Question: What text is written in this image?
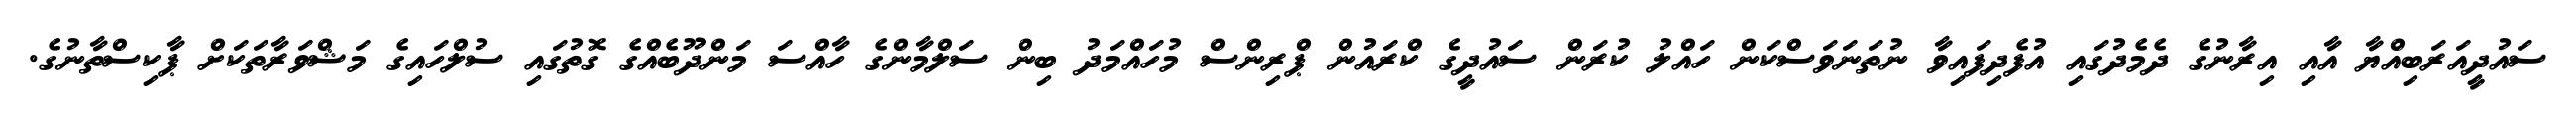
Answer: ސައުދީއަރަބިއްޔާ އާއި އިރާނުގެ ދެމެދުގައި އުފެދިފައިވާ ނުތަނަވަސްކަން ހައްލު ކުރަން ސައުދީގެ ކްރައުން ޕްރިންސް މުހައްމަދު ބިން ސަލްމާންގެ ހާއްސަ މަންދޫބެއްގެ ގޮތުގައި ސުލްހައިގެ މަޝްވަރާތަކަށް ޕާކިސްތާނުގެ.